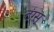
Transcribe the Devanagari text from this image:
टंग्स्